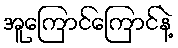
အူကြောင်ကြောင်နဲ့